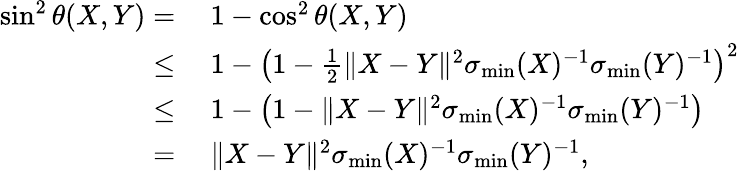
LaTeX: \begin{array}{rl}{\sin^{2}\theta(X,Y)=}&{~1-\cos^{2}\theta(X,Y)}\\ {\leq}&{~1-\left(1-\frac 12\| X-Y\| ^{2}\sigma_{\operatorname*{min}}(X)^{-1}\sigma_{\operatorname*{min}}(Y)^{-1}\right)^{2}}\\ {\leq}&{~1-\left(1-\| X-Y\| ^{2}\sigma_{\operatorname*{min}}(X)^{-1}\sigma_{\operatorname*{min}}(Y)^{-1}\right)}\\ {=}&{~\| X-Y\| ^{2}\sigma_{\operatorname*{min}}(X)^{-1}\sigma_{\operatorname*{min}}(Y)^{-1},}\end{array}